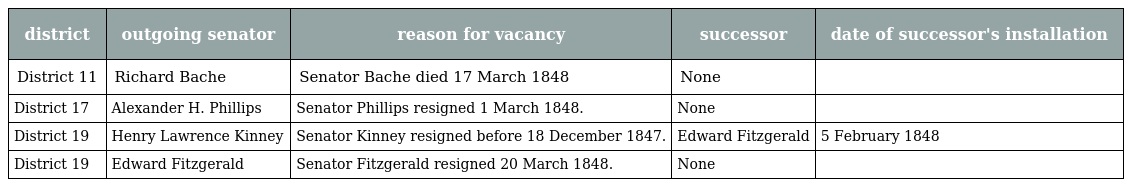
| district | outgoing senator | reason for vacancy | successor | date of successor's installation |
 | --- | --- | --- | --- | --- |
 | District 11 | Richard Bache | Senator Bache died 17 March 1848 | None |  |
 | District 17 | Alexander H. Phillips | Senator Phillips resigned 1 March 1848. | None |  |
 | District 19 | Henry Lawrence Kinney | Senator Kinney resigned before 18 December 1847. | Edward Fitzgerald | 5 February 1848 |
 | District 19 | Edward Fitzgerald | Senator Fitzgerald resigned 20 March 1848. | None |  |